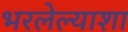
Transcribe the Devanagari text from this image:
भरलेल्याशा